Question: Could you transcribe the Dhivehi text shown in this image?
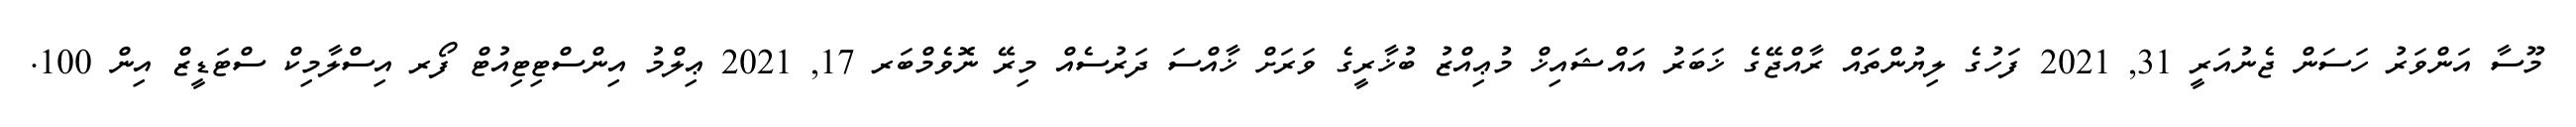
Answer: މޫސާ އަންވަރު ހަސަން ޖެނުއަރީ 31, 2021 ފަހުގެ ލިޔުންތައް ރާއްޖޭގެ ޚަބަރު އައްޝައިޚް މުޢިއްޒު ބުޚާރީގެ ވަރަށް ޚާއްސަ ދަރުސެއް މިރޭ ނޮވެމްބަރ 17, 2021 ޢިލްމު އިންސްޓިޓިއުޓް ފޯރ އިސްލާމިކް ސްޓަޑީޒް އިން 100.